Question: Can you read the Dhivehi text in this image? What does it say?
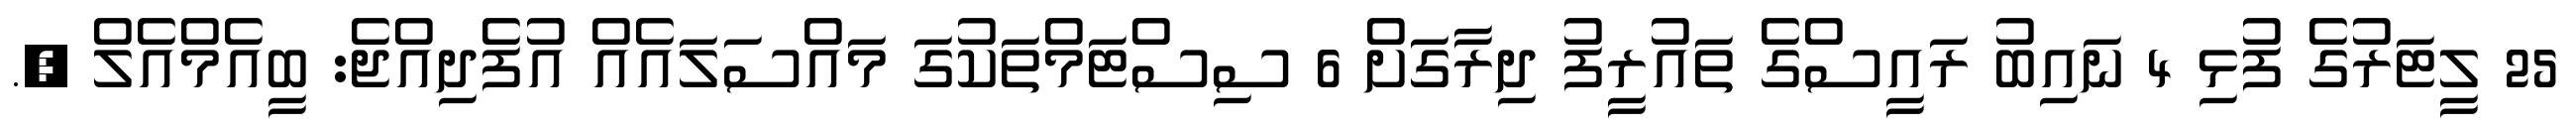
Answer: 25 ލީޓަރުގެ ފުޅި 4 ނައިބު ރައީސްގެ ތައުރީފު ދިރާގަށް 6 ސިސްޓަމްތަކުގަ މައްސަލައެއް އުފެދިއްޖެ: ބީއެމްއެލް ,.